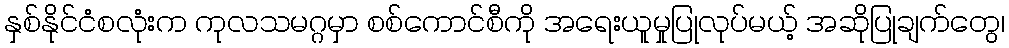
နှစ်နိုင်ငံစလုံးက ကုလသမဂ္ဂမှာ စစ်ကောင်စီကို အရေးယူမှုပြုလုပ်မယ့် အဆိုပြုချက်တွေ၊